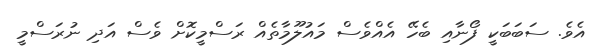
އެވެ. ސަބަބަކީ ފޯނާއި ބެހޭ އެއްވެސް މައުލޫމާތެއް ރަސްމީކޮށް ވެސް އަދި ނުރަސްމީ